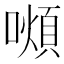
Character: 𫬆